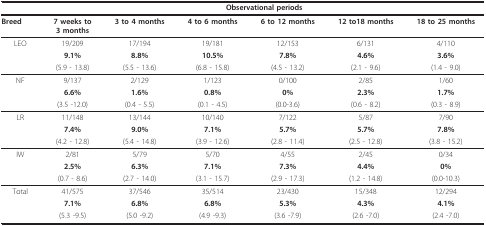
|  | <COLSPAN=6> Observational periods |
 | --- | --- | --- | --- | --- | --- | --- |
 | Breed | 7 weeks to3 months | 3 to 4 months | 4 to 6 months | 6 to 12 months | 12 to18 months | 18 to 25 months |
 | LEO | 19/209 | 17/194 | 19/181 | 12/153 | 6/131 | 4/110 |
 |  | 9.1% | 8.8% | 10.5% | 7.8% | 4.6% | 3.6% |
 |  | (5.9 - 13.8) | (5.5 - 13.6) | (6.8 - 15.8) | (4.5 - 13.2) | (2.1 - 9.6) | (1.4 - 9.0) |
 | NF | 9/137 | 2/129 | 1/123 | 0/100 | 2/85 | 1/60 |
 |  | 6.6% | 1.6% | 0.8% | 0% | 2.3% | 1.7% |
 |  | (3.5 -12.0) | (0.4 - 5.5) | (0.1 - 4.5) | (0.0-3.6) | (0.6 - 8.2) | (0.3 - 8.9) |
 | LR | 11/148 | 13/144 | 10/140 | 7/122 | 5/87 | 7/90 |
 |  | 7.4% | 9.0% | 7.1% | 5.7% | 5.7% | 7.8% |
 |  | (4.2 - 12.8) | (5.4 - 14.8) | (3.9 - 12.6) | (2.8 - 11.4) | (2.5 - 12.8) | (3.8 - 15.2) |
 | IW | 2/81 | 5/79 | 5/70 | 4/55 | 2/45 | 0/34 |
 |  | 2.5% | 6.3% | 7.1% | 7.3% | 4.4% | 0% |
 |  | (0.7 - 8.6) | (2.7 - 14.0) | (3.1 - 15.7) | (2.9 - 17.3) | (1.2 - 14.8) | (0.0-10.3) |
 | Total | 41/575 | 37/546 | 35/514 | 23/430 | 15/348 | 12/294 |
 |  | 7.1% | 6.8% | 6.8% | 5.3% | 4.3% | 4.1% |
 |  | (5.3 -9.5) | (5.0 -9.2) | (4.9 -9.3) | (3.6 -7.9) | (2.6 -7.0) | (2.4 -7.0) |